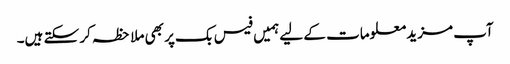
آپ مزید معلومات کے لیے ہمیں فیس بک پر بھی ملاحظہ کر سکتے ہیں۔